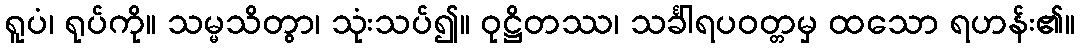
ရူပံ၊ ရုပ်ကို။ သမ္မသိတွာ၊ သုံးသပ်၍။ ဝုဋ္ဌိတဿ၊ သင်္ခါရပဝတ္တမှ ထသော ရဟန်း၏။